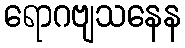
ရောဂဗျသနေန